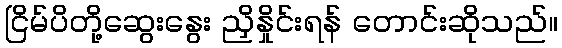
ငြိမ်ပိတို့ဆွေးနွေး ညှိနှိုင်းရန် တောင်းဆိုသည်။